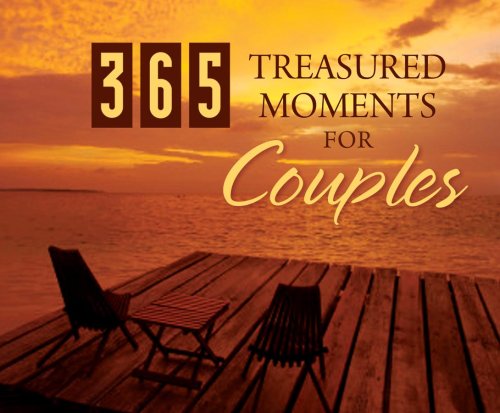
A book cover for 365 Treasured Moments For Couples (365 Perpetual Calendars); Calendars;